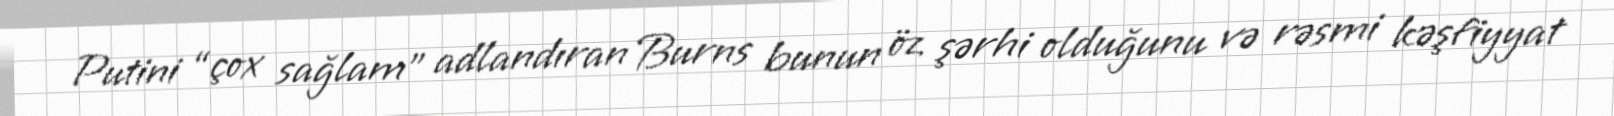
Putini “çox sağlam” adlandıran Burns bunun öz şərhi olduğunu və rəsmi kəşfiyyat